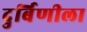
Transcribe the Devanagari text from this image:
दुर्बिणीला